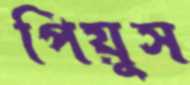
পিয়ুস